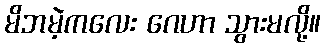
မိဘမဲ့ကလေး ဂေဟာ သွားမလို့။